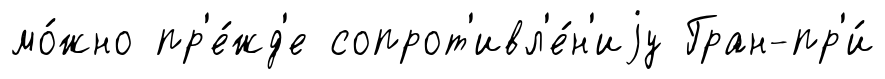
мо́жно пр'е́жд'е сопрот'ивл'е́н'иjу Гран-пр'и́